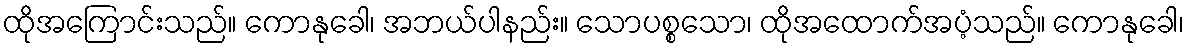
ထိုအကြောင်းသည်။ ကောနုခေါ၊ အဘယ်ပါနည်း။ သောပစ္စသော၊ ထိုအထောက်အပံ့သည်။ ကောနုခေါ၊